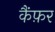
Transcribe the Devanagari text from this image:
कैंफ़र